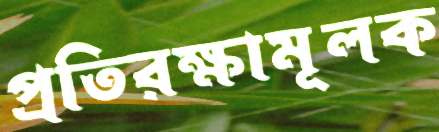
প্রতিরক্ষামূলক